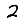
Digit: 2